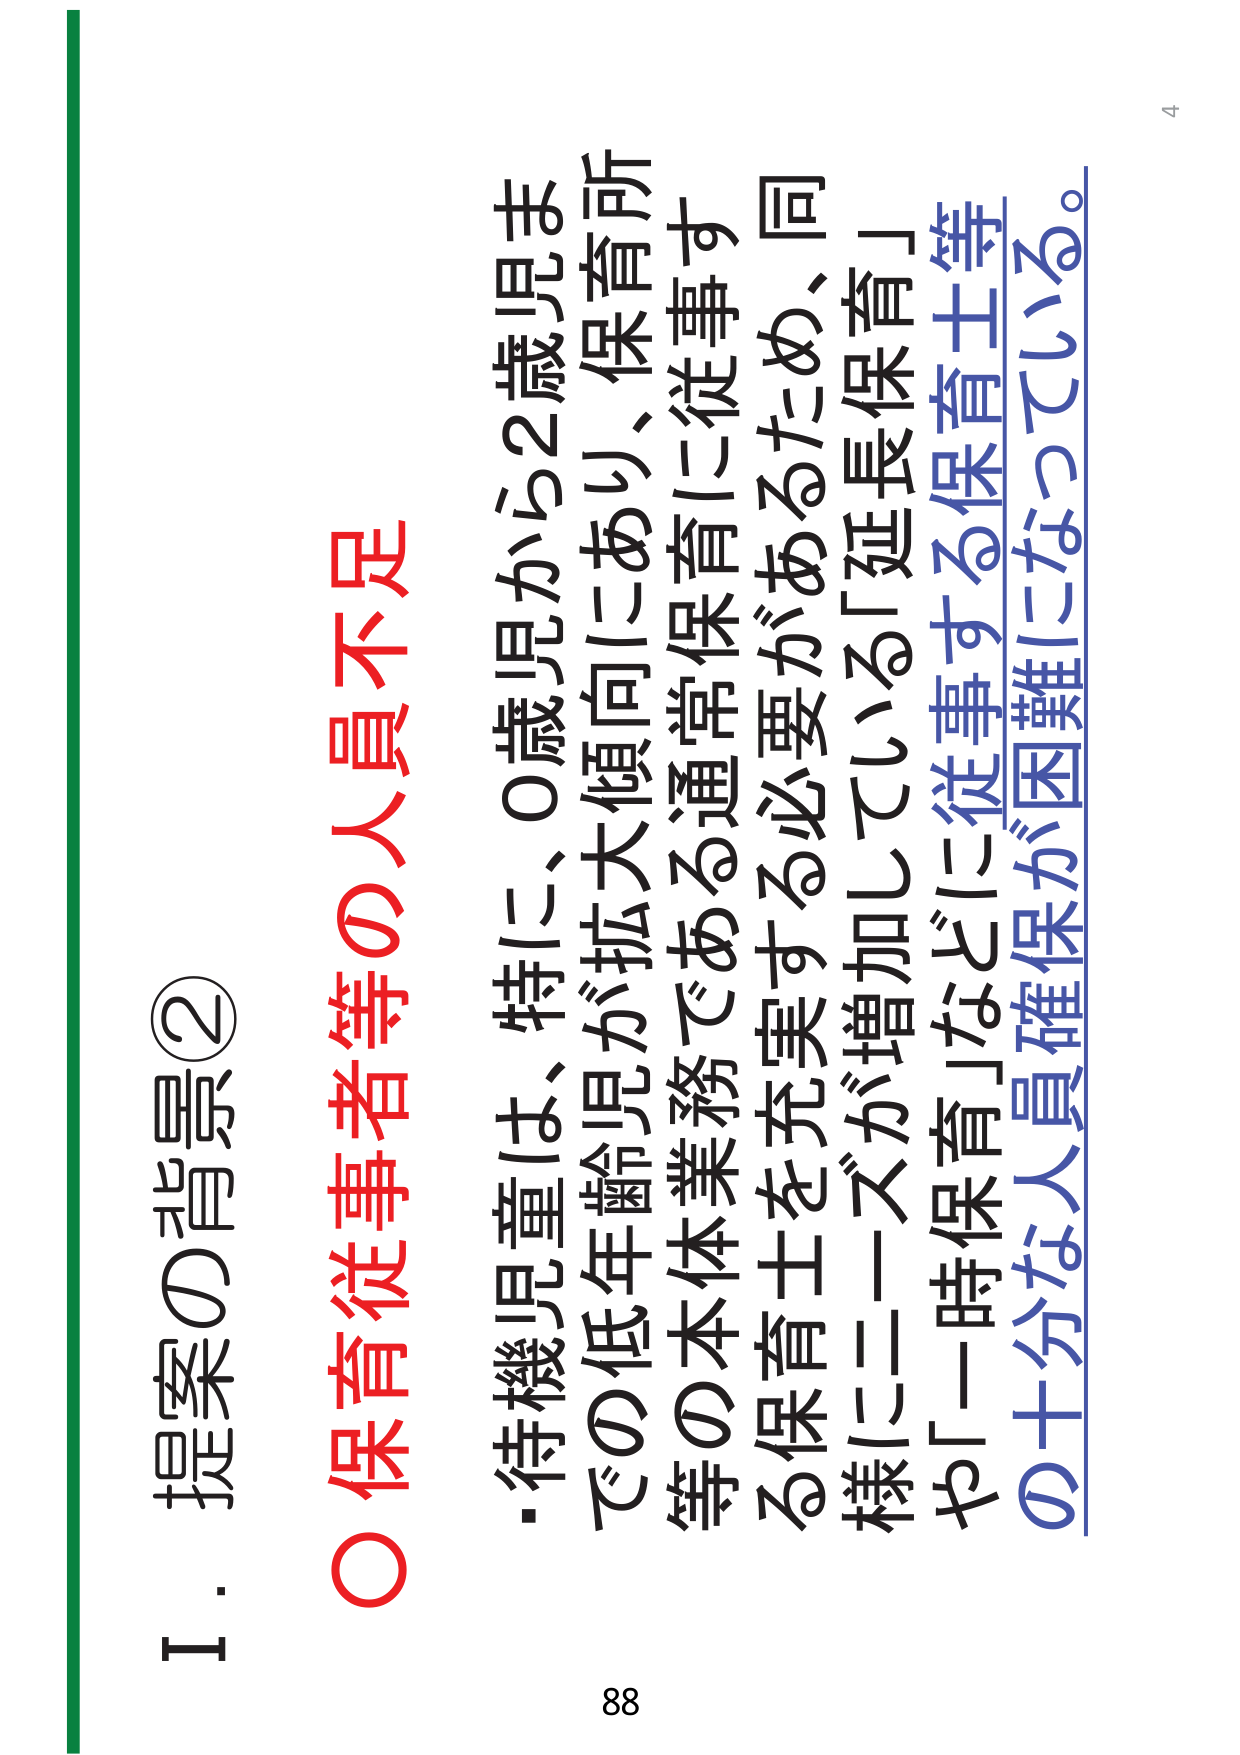
4
I．提案の背景②
○保育従事者等の人員不足
・待機児童は、特に、0歳児から2歳児までの低年齢児が拡大傾向にあり、保育所等の本体業務である通常保育に従事する保育士を充実する必要があるため、同様にニーズが増加している「延長保育」や「一時保育」などに従事する保育士等の十分な人員確保が困難になっている。
88